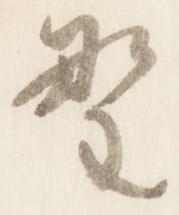
野